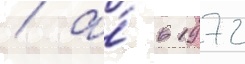
/ а́ в 1972